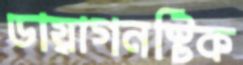
ডায়াগনস্টিক